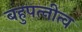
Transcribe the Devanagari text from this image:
बहुपत्‍नीत्व